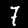
Digit: 7